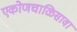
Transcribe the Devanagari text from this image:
एकोणचाळिसावा